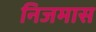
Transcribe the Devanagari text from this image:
निजमास